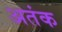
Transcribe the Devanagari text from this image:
अतंक